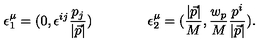
\epsilon _ { 1 } ^ { \mu } = ( 0 , \epsilon ^ { i j } \frac { { p } _ { j } } { | \vec { p } | } ) \qquad \qquad \epsilon _ { 2 } ^ { \mu } = ( \frac { | \vec { p } | } { M } , \frac { w _ { p } } { M } \frac { { p } ^ { i } } { | \vec { p } | } ) .